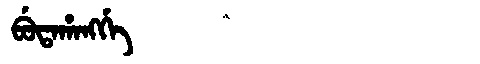
Manchu: ᠪᡠᡨᠠᡥᠠᠩᡤᡝ
Romanization: BUTAHANGGE